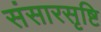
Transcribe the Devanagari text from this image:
संसारसृष्टि